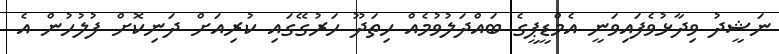
ނަޝީދު ވިދާޅުވެފައިވަނީ އެމްޑީޕީގެ ބައްދަލުވުމެއް ހިތަދޫ ހަރުގޭގައި ކުރިއަށް ދަނިކޮށް ފުލުހުން އެ